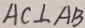
A C \bot A B